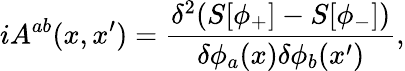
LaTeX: iA^{ab}(x,x^{\prime})=\frac{\delta^{2}(S[\phi_{+}]-S[\phi_{-}])}{\delta\phi_{a}(x)\delta\phi_{b}(x^{\prime})},